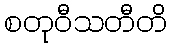
စတုဝီသတီတိ